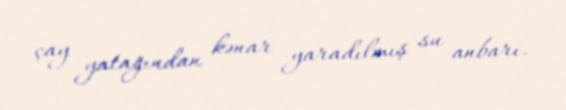
çay yatağından kənar yaradılmış su anbarı.